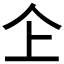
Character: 𠆳